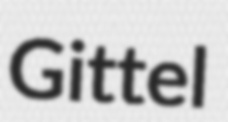
Gittel